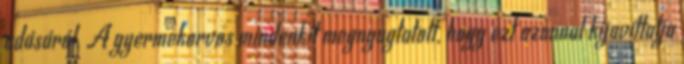
adásáról. A gyermekorvos mindenkit megnyugtatott, hogy ezt azonnal kijavíttatja